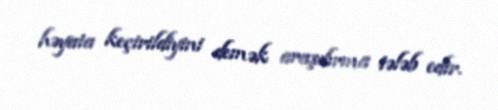
həyata keçirildiyini demək araşdırma tələb edir.